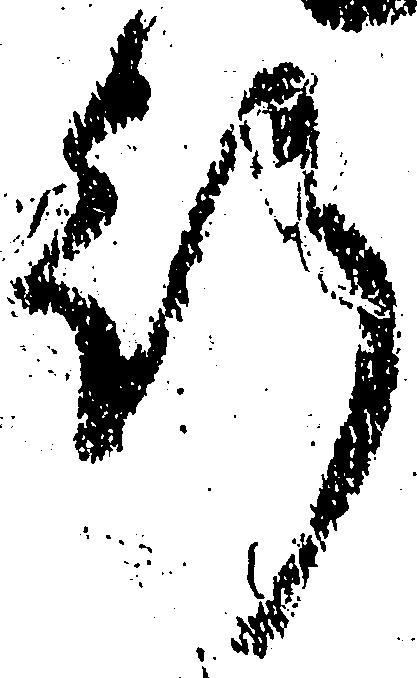
行